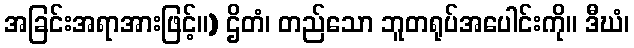
အခြင်းအရာအားဖြင့်။) ဌိတံ၊ တည်သော ဘူတရုပ်အပေါင်းကို။ ဒီဃံ၊